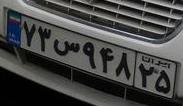
۷۳س۹۴۸۲۵